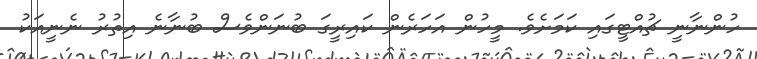
ހުންނާނީ ޗުއްޓީގައި ކަމަށެވެ. މީހުން އަހަރެން ކައިރީގަ ބުނަންވެސް ބުނާނެ އިތުރު ނެނީއަކު